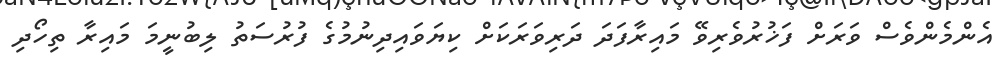
އެންމެންވެސް ވަރަށް ފަޚުރުވެރިވޭ މައިރާފަދަ ދަރިވަރަކަށް ކިޔަވައިދިނުމުގެ ފުރުސަތު ލިބުނީމަ މައިރާ ތިހޯދި